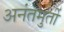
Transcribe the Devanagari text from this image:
अनंतमुर्ती